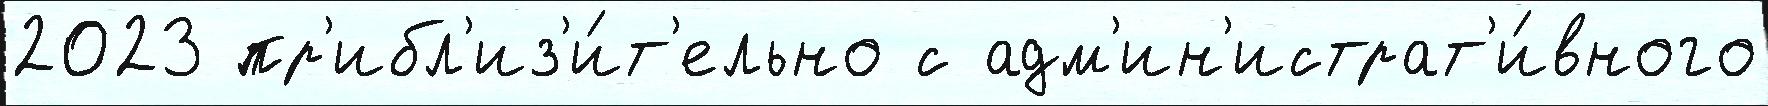
2023 пр'ибл'из'и́т'ельно с адм'ин'истрат'и́вного